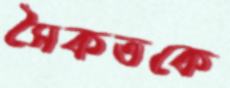
সৈকতকে